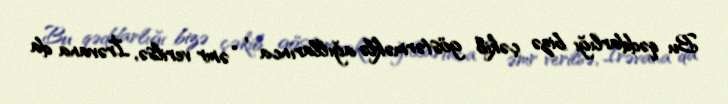
Bu qəddarlığı bizə çəkib göstərməklə ağıllarınca , “əmr verilsə, İrəvana da